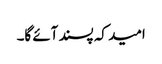
امید کہ پسند آئے گا۔